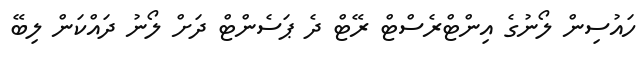
ހައުސިން ލޯނުގެ އިންޓްރެސްޓް ރޭޓް ދެ ޕަސެންޓް ދަށް ލޯނު ދައްކަން ލިބޭ